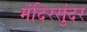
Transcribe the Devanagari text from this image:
मंदिरसुंदर